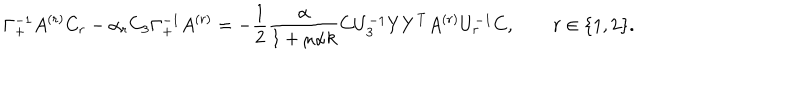
\Gamma _ { + } ^ { - 1 } A ^ { ( r ) } C _ { r } - \alpha _ { r } C _ { 3 } \Gamma _ { + } ^ { - 1 } A ^ { ( r ) } = - \frac { 1 } { 2 } \frac { \alpha } { 1 + \mu \alpha k } C U _ { 3 } ^ { - 1 } Y Y ^ { \mathrm { T } } A ^ { ( r ) } U _ { r } ^ { - 1 } C , \qquad r \in \{ 1 , 2 \} .